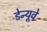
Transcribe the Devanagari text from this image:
डेन्यूवे